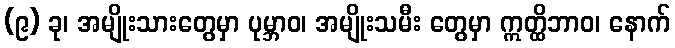
(၉) ခု၊ အမျိုးသားတွေမှာ ပုမ္ဘာဝ၊ အမျိုးသမီး တွေမှာ ဣတ္ထိဘာဝ၊ နောက်